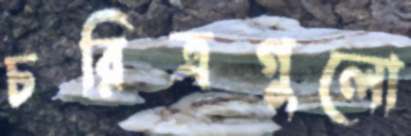
চরিত্রগুলো